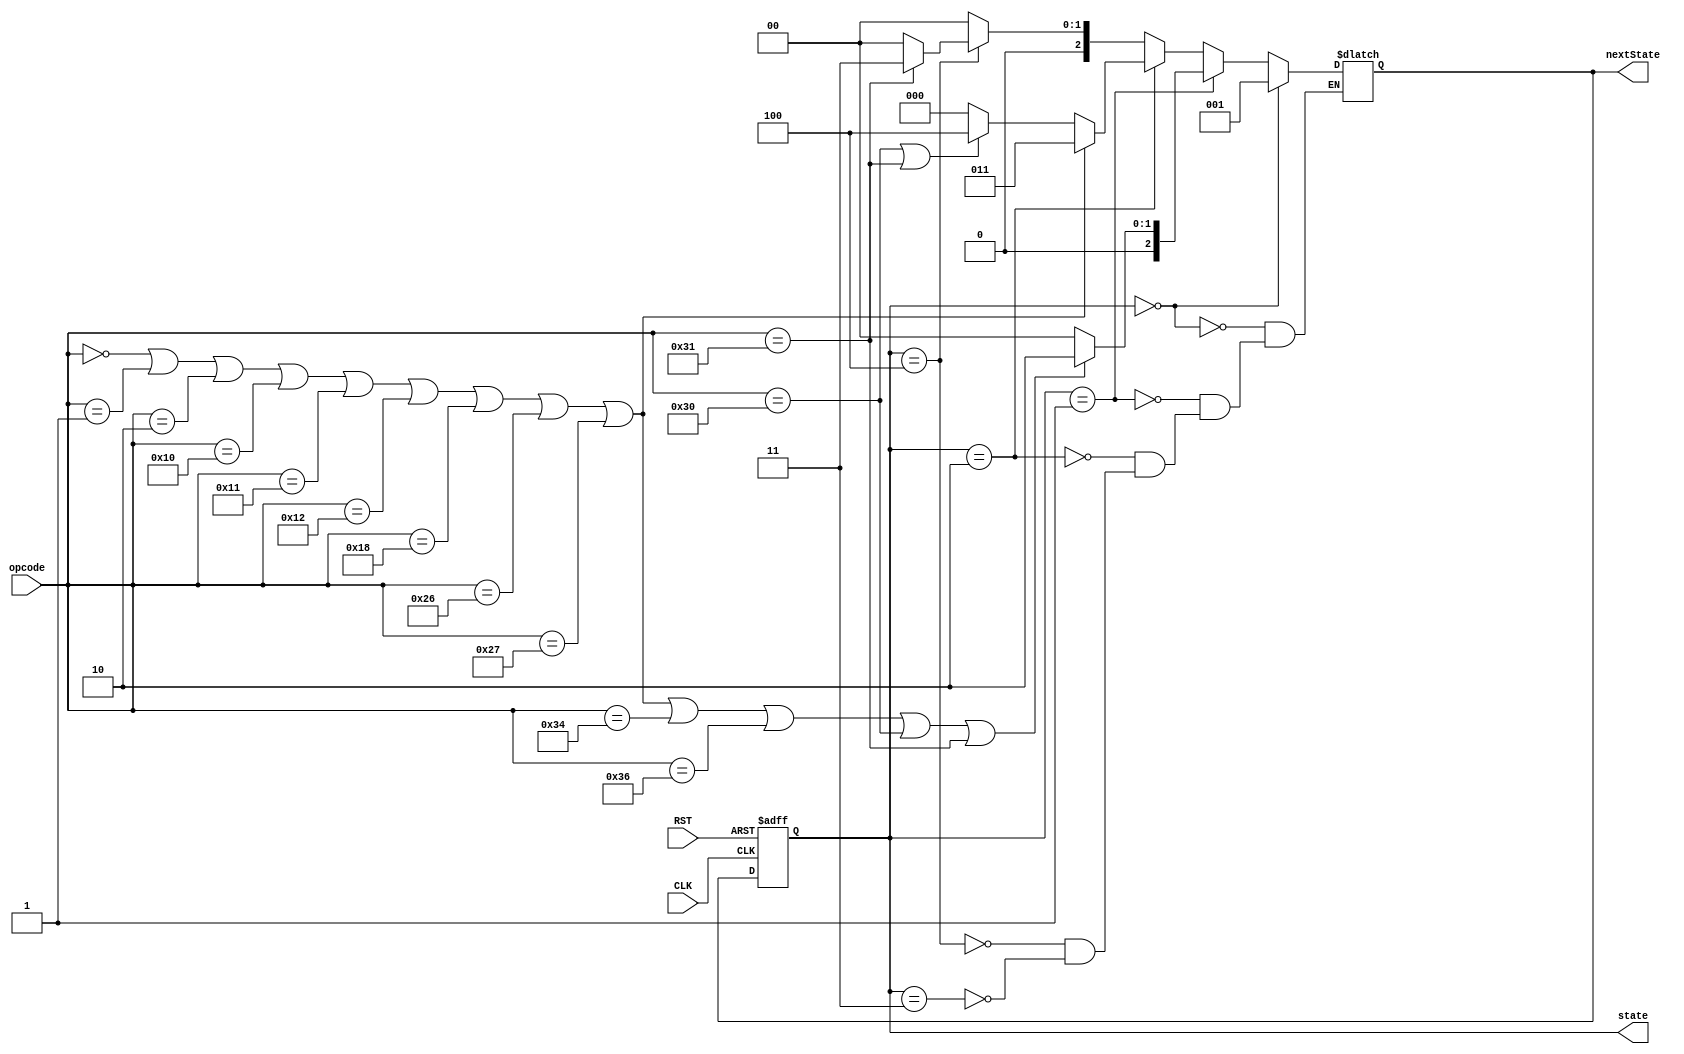
`timescale 1ns / 1ps
//////////////////////////////////////////////////////////////////////////////////
// Company: 
// Engineer: 
// 
// Design Name: 
// Module Name: StateMachine
// Project Name: 
// Target Devices: 
// Tool Versions: 
// Description: 
// 
// Dependencies: 
// 
// Revision:
// Revision 0.01 - File Created
// Additional Comments:
// 
//////////////////////////////////////////////////////////////////////////////////


module StateMachine(
    input CLK,
    input RST,
    input [5:0]opcode,
    output reg[2:0]state,
    output reg[2:0]nextState
    );
	always @(posedge CLK or negedge RST) begin
        if (RST == 1)
            state <= nextState;
        else
            state <= 3'b000;
    end
    always@(state) begin
        if(state == 3'b000)
            nextState <= 3'b001;
        else if(state == 3'b001) begin
            if(opcode == 6'b000000 || opcode == 6'b000001 || opcode == 6'b000010 || opcode == 6'b010000 || opcode == 6'b010001
            || opcode == 6'b010010 || opcode == 6'b011000 || opcode == 6'b100110 || opcode == 6'b100111 || opcode == 6'b110100
            || opcode == 6'b110110 || opcode == 6'b110000 || opcode == 6'b110001)
                nextState <= 3'b010;
            else
                nextState <= 3'b000;
        end
        else if(state == 3'b010) begin
            if(opcode == 6'b000000 || opcode == 6'b000001 || opcode == 6'b000010 || opcode == 6'b010000 || opcode == 6'b010001
            || opcode == 6'b010010 || opcode == 6'b011000 || opcode == 6'b100110 || opcode == 6'b100111)
                nextState <= 3'b011;
            else if(opcode == 6'b110000 || opcode == 6'b110001)
                nextState <= 3'b100;
            else
                nextState <= 3'b000;
        end
        else if(state == 3'b100) begin
            if(opcode == 6'b110001)
                nextState <= 3'b011;
            else
                nextState <= 3'b000;
        end
        else if(state == 3'b011)
            nextState <= 3'b000;
    end
endmodule